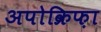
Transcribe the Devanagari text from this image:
अपोक्रिफ़ा